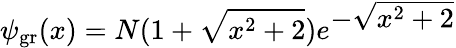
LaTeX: \psi_{\mathrm{gr}}(x)=N(1+\sqrt{x^{2}+2})e^{\textstyle-\sqrt{x^{2}+2}}